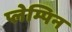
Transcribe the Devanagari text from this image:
प्लेम्पिन